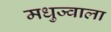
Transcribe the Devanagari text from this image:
मधुज्वाला